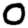
Digit: 0